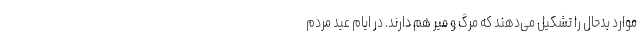
موارد بدحال را تشکیل می‌دهند که مرگ و میر هم دارند. در ایام عید مردم